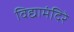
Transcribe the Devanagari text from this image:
विद्यामंदिरे